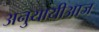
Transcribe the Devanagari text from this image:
अनुयायीआज